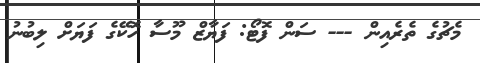
މެޗުގެ ތެރެއިން --- ސަން ފޮޓޯ: ފަޔާޒް މޫސާ ހޮކޭގެ ފަޔަށް ލިބުނު